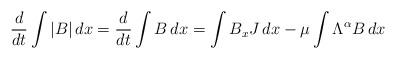
LaTeX: \begin{align*}\frac{d}{dt}\int |B|\, dx=\frac{d}{dt}\int B\, dx=\int B_xJ\, dx-\mu\int \Lambda^\alpha B\, dx \end{align*}